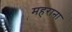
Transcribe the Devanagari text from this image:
महराना